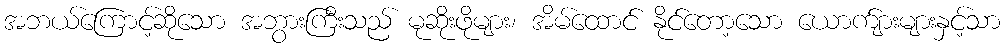
အဘယ်ကြောင့်ဆိုသော အဘွားကြီးသည် မုဆိုးဖိုများ၊ အိမ်ထောင် နိုင်တော့သော ယောက်ျားများနှင့်သာ